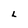
Character: L